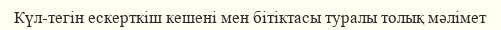
Күл-тегін ескерткіш кешені мен бітіктасы туралы толық мәлімет